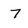
Character: 7